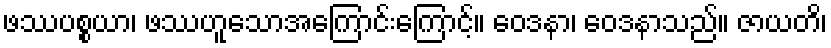
ဖဿပစ္စယာ၊ ဖဿဟူသောအကြောင်းကြောင့်။ ဝေဒနာ၊ ဝေဒနာသည်။ ဇာယတိ၊